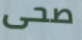
صحى